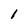
Character: 1